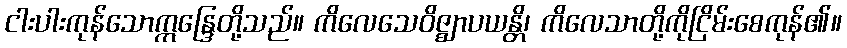
ငါးပါးကုန်သောဣန္ဒြေတို့သည်။ ကိလေသေဝိဇ္ဈာပယန္တိ၊ ကိလေသာတို့ကိုငြိမ်းစေကုန်၏။